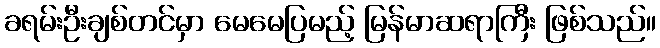
ခရမ်းဦးချစ်တင်မှာ မေမေပြမည့် မြန်မာဆရာကြီး ဖြစ်သည်။